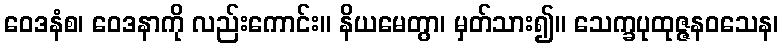
ဝေဒနံစ၊ ဝေဒနာကို လည်းကောင်း။ နိယမေတွာ၊ မှတ်သား၍။ သေက္ခပုထုဇ္ဇနဝသေန၊